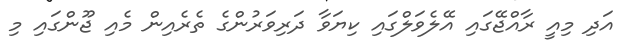
އަދި މިއީ ރާއްޖޭގައި އޭލެވަލްގައި ކިޔަވާ ދަރިވަރުންގެ ތެރެއިން މެއި ޖޫންގައި މި